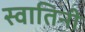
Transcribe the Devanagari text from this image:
स्वातिनी